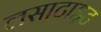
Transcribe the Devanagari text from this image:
लसाटाइट